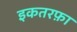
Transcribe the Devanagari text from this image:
इकतरफ़ा